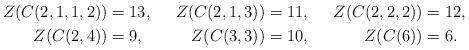
LaTeX: \begin{align*} Z(C(2,1,1,2))&=13,& Z(C(2,1,3))&=11,& Z(C(2,2,2))&=12,&\\ Z(C(2,4))&=9,& Z(C(3,3))&=10,& Z(C(6))&=6. \end{align*}